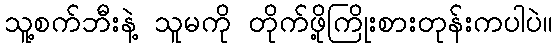
သူ့စက်ဘီးနဲ့ သူမကို တိုက်ဖို့ကြိုးစားတုန်းကပါပဲ။